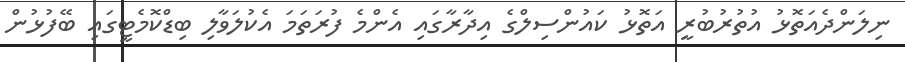
ނިލަންދެއަތޮޅު އުތުރުބުރީ އަތޮޅު ކައުންސިލްގެ އިދާރާގައި އެންމެ ފުރަތަމަ އެކުލަވާލި ބިޑްކޮމެޓީގައި ބޭފުޅުން